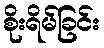
စိုးရိမ်ခြင်း